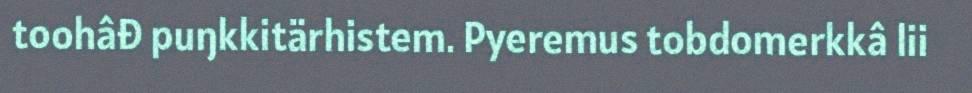
toohâđ puŋkkitärhistem. Pyeremus tobdomerkkâ lii